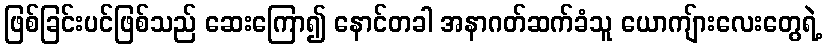
ဖြစ်ခြင်းပင်ဖြစ်သည် ဆေးကြော၍ နောင်တခါ အနာဂတ်ဆက်ခံသူ ယောကျ်ားလေးတွေရဲ့